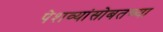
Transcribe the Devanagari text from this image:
पेशव्यांसोबतच्या